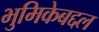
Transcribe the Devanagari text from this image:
भुमिकेबद्दल